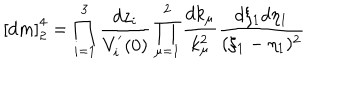
LaTeX: \left[ d m \right] _ { 2 } ^ { 4 } = \prod _ { i = 1 } ^ { 3 } \frac { d z _ { i } } { V _ { i } ^ { ' } ( 0 ) } \prod _ { \mu = 1 } ^ { 2 } \frac { d k _ { \mu } } { k _ { \mu } ^ { 2 } } \frac { d \xi _ { 1 } d \eta _ { 1 } } { ( \xi _ { 1 } - \eta _ { 1 } ) ^ { 2 } }